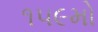
૧૫૯મો